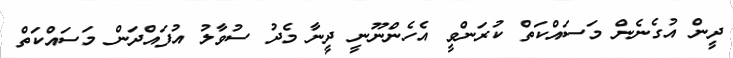
ދީން އުގެނެން މަސައްކަތް ކުރަންވީ އެހެންނޫނީ ދީނާ މެދު ސުވާލު އުފައްދަން މަސައްކަތް